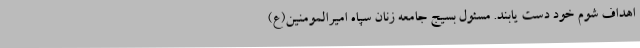
اهداف شوم خود دست یابند. مسئول بسیج جامعه زنان سپاه امیرالمومنین(ع)